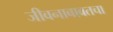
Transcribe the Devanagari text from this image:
जीवनाबाबतचा